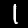
Label: 1